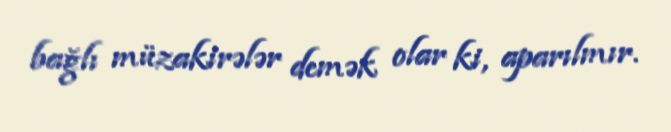
bağlı müzakirələr demək olar ki, aparılmır.